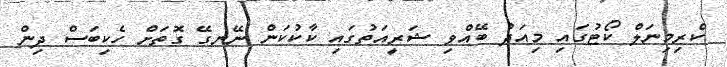
ކްރިމިނަލް ކޯޓުގައި މިއަދު ބޭއްވި ޝަރީއަތުގައި ކާކުކަން ނޭނގޭ ގޮތަށް ހެކިބަސް ދިން